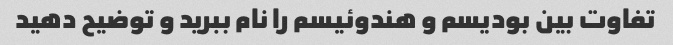
تفاوت بین بودیسم و هندوئیسم را نام ببرید و توضیح دهید